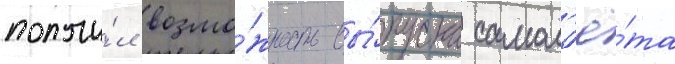
получи́л возмо́жность вы́пуска самол'ё́та